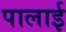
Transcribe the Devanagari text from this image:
पालाई